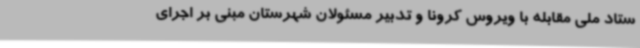
ستاد ملی مقابله با ویروس کرونا و تدبیر مسئولان شهرستان مبنی بر اجرای